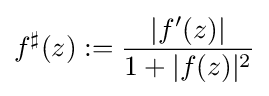
f^{\sharp }(z):={\frac {|f'(z)|}{1+|f(z)|^{2}}}